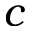
c